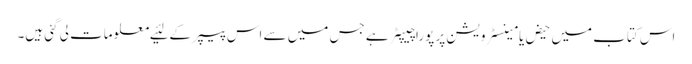
اس کتاب میں‌ حیض یا مینسٹرویشن پر پورا چیپٹر ہے جس میں‌ سے اس پیپر کے لئیے معلومات لی گئی ہیں۔